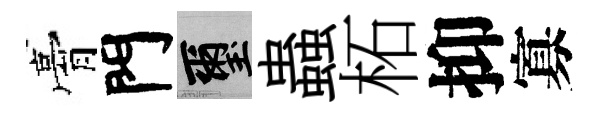
膏門璽蟲柘抑寡